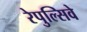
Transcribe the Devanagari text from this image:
रेपुल्सिवे